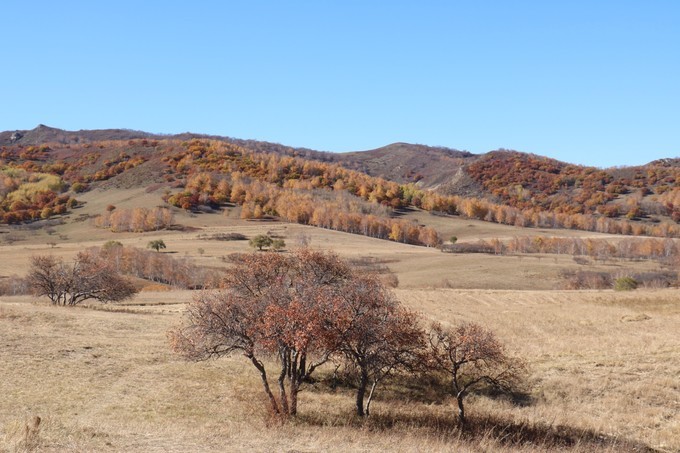
霜威出塞早，云色渡河秋。